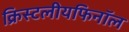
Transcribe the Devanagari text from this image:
क्रिस्टलीयफिनॉल